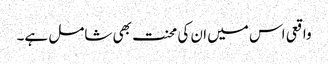
واقعی اس میں ان کی محنت بھی شامل ہے۔